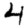
Digit: 4